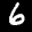
Label: 6